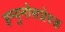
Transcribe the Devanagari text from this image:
इम्युनोसप्रेस्ड